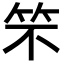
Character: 𮅁